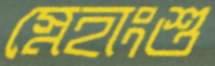
স্নেহাংশু